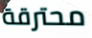
محترقة